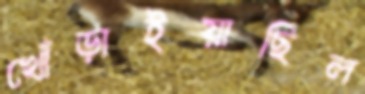
খোঁড়াইয়াছিল